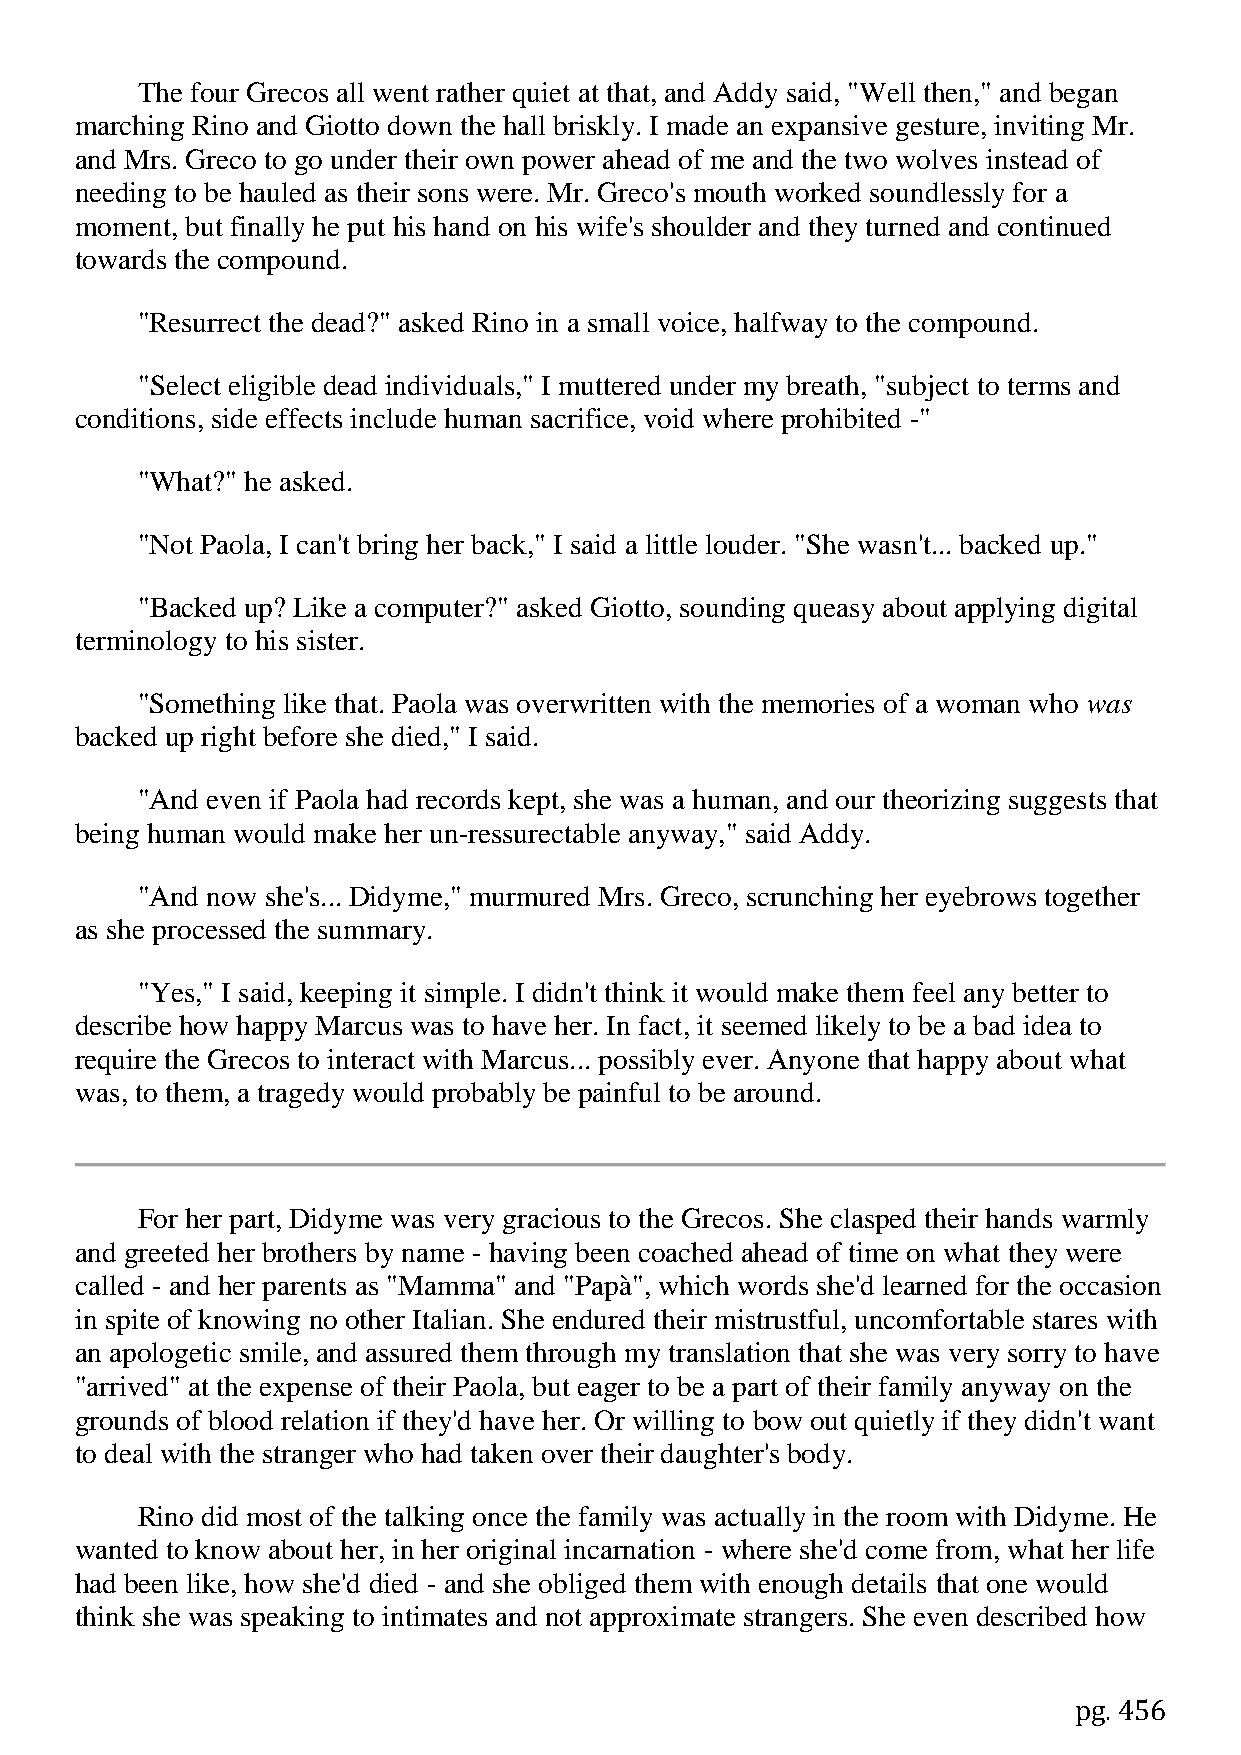
The four Grecos all went rather quiet at that, and Addy said, "Well then," and began
 marching Rino and Giotto down the hall briskly. I made an expansive gesture, inviting Mr.
 and Mrs. Greco to go under their own power ahead of me and the two wolves instead of
 needing to be hauled as their sons were. Mr. Greco's mouth worked soundlessly for a
 moment, but finally he put his hand on his wife's shoulder and they turned and continued
 towards the compound.
 "Resurrect the dead?" asked Rino in a small voice, halfway to the compound.
 "Select eligible dead individuals," I muttered under my breath, "subject to terms and
 conditions, side effects include human sacrifice, void where prohibited -"
 "What?" he asked.
 "Not Paola, I can't bring her back," I said a little louder. "She wasn't... backed up."
 "Backed up? Like a computer?" asked Giotto, sounding queasy about applying digital
 terminology to his sister.
 "Something like that. Paola was overwritten with the memories of a woman who was
 backed up right before she died," I said.
 "And even if Paola had records kept, she was a human, and our theorizing suggests that
 being human would make her un-ressurectable anyway," said Addy.
 "And now she's... Didyme," murmured Mrs. Greco, scrunching her eyebrows together
 as she processed the summary.
 "Yes," I said, keeping it simple. I didn't think it would make them feel any better to
 describe how happy Marcus was to have her. In fact, it seemed likely to be a bad idea to
 require the Grecos to interact with Marcus... possibly ever. Anyone that happy about what
 was, to them, a tragedy would probably be painful to be around.
 For her part, Didyme was very gracious to the Grecos. She clasped their hands warmly
 and greeted her brothers by name - having been coached ahead of time on what they were
 called - and her parents as "Mamma" and "Papà", which words she'd learned for the occasion
 in spite of knowing no other Italian. She endured their mistrustful, uncomfortable stares with
 an apologetic smile, and assured them through my translation that she was very sorry to have
 "arrived" at the expense of their Paola, but eager to be a part of their family anyway on the
 grounds of blood relation if they'd have her. Or willing to bow out quietly if they didn't want
 to deal with the stranger who had taken over their daughter's body.
 Rino did most of the talking once the family was actually in the room with Didyme. He
 wanted to know about her, in her original incarnation - where she'd come from, what her life
 had been like, how she'd died - and she obliged them with enough details that one would
 think she was speaking to intimates and not approximate strangers. She even described how
 pg. 456